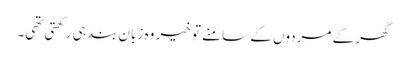
گھر کے مردوں کے سامنے تو خیر وہ زبان بند ہی رکھتی تھی۔